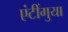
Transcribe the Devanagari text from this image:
एंटींगुया